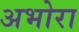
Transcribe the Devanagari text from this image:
अभोरा